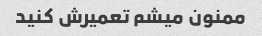
ممنون میشم تعمیرش کنید